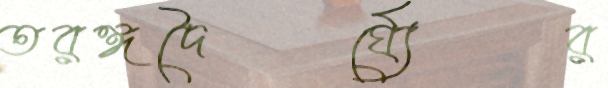
তরঙ্গদৈর্ঘ্যের